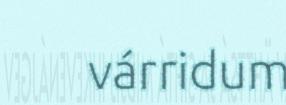
várridum